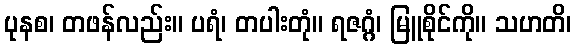
ပုနစ၊ တဖန်လည်း။ ပရံ၊ တပါးတုံ။ ရဇဂ္ဂံ၊ မြူစိုင်ကို။ သဟတိ၊